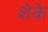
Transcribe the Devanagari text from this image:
शेके